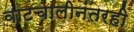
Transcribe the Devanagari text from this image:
वाटचालीनंतरही